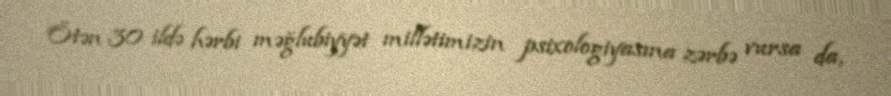
Ötən 30 ildə hərbi məğlubiyyət millətimizin psixologiyasına zərbə vursa da,